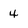
Character: 4